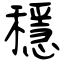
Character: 穩